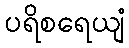
ပရိစရေယျံ